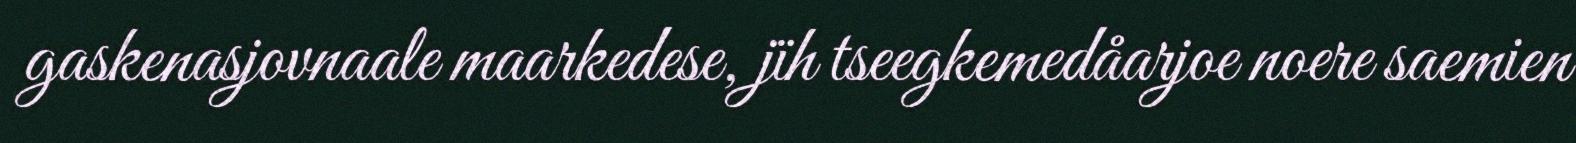
gaskenasjovnaale maarkedese, jïh tseegkemedåarjoe noere saemien